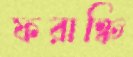
ফরাঞ্চি